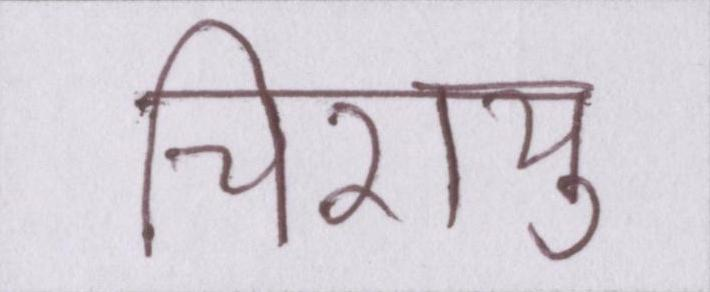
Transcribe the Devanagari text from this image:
चिरायु